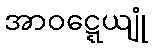
အာဝဋ္ဋေယျုံ